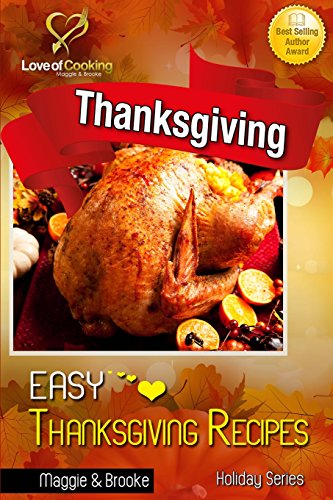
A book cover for Easy Thanksgiving Recipes; Maggie  & Brooke; Cookbooks, Food & Wine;